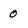
Character: 0